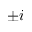
\pm i